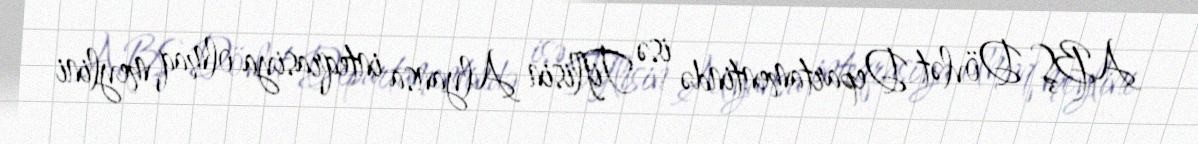
ABŞ Dövlət Departamentində isə Tiflisin Alyansa inteqrasiya olmaq meylini